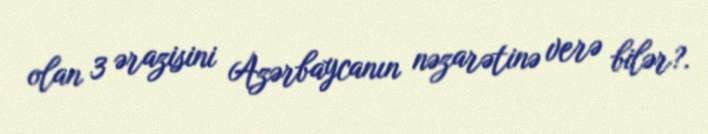
olan 3 ərazisini Azərbaycanın nəzarətinə verə bilər?.